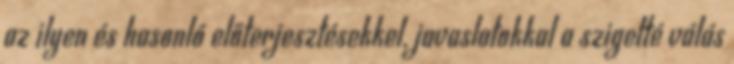
az ilyen és hasonló előterjesztésekkel, javaslatokkal a szigetté válás